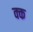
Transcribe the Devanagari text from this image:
क्क